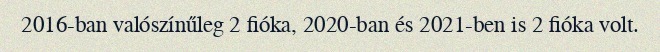
2016-ban valószínűleg 2 fióka, 2020-ban és 2021-ben is 2 fióka volt.